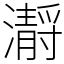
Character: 𤂅